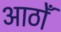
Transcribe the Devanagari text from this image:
आठोँ